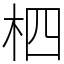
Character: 柶